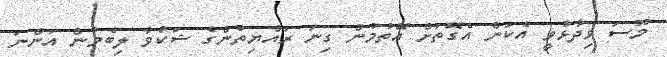
މޫސަ ވިދާޅުވީ އެކަން އެގޮތަށް އޮތުމުން ގިނަ ރައްޔިތުންގެ ޝަކުވާ ލިބެމުން އަންނަ